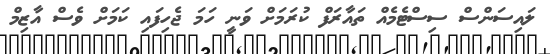
ލައިސަންސް ސިސްޓެމެއް ތައާރަފް ކުރަމަށް ވަނީ ހަމަ ޖެހިފައި ކަމަށް ވެސް އާޒިމް